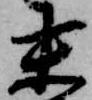
末